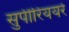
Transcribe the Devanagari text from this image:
सुपीरिययरे